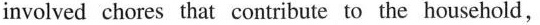
involved chores that contribute to the household,